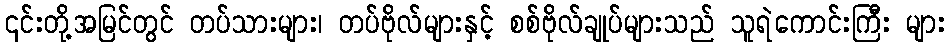
၎င်းတို့အမြင်တွင် တပ်သားများ၊ တပ်ဗိုလ်များနှင့် စစ်ဗိုလ်ချုပ်များသည် သူရဲကောင်းကြီး များ